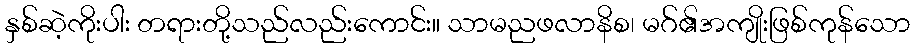
နှစ်ဆဲ့ကိုးပါး တရားတို့သည်လည်းကောင်း။ သာမညဖလာနိစ၊ မဂ်၏အကျိုးဖြစ်ကုန်သော